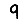
Digit: 9